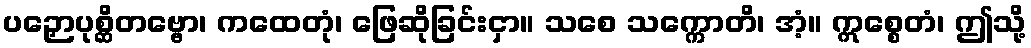
ပဉှောပုစ္ဆိတဗ္ဗော၊ ကထေတုံ၊ ဖြေဆိုခြင်းငှာ။ သစေ သက္ကောတိ၊ အံ့။ ဣစ္စေတံ၊ ဤသို့